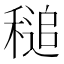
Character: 𥡈